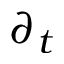
\partial _ { t }